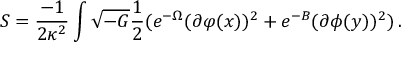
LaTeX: S = \frac { - 1 } { 2 \kappa ^ { 2 } } \int \sqrt { - G } \frac { 1 } { 2 } ( e ^ { - \Omega } ( \partial \varphi ( x ) ) ^ { 2 } + e ^ { - B } ( \partial \phi ( y ) ) ^ { 2 } ) \, .